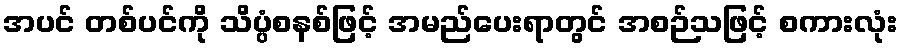
အပင် တစ်ပင်ကို သိပ္ပံစနစ်ဖြင့် အမည်ပေးရာတွင် အစဉ်သဖြင့် စကားလုံး